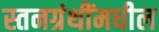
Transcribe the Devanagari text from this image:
स्तनग्रंथींमधील